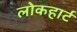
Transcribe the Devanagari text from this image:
लोकहार्ट